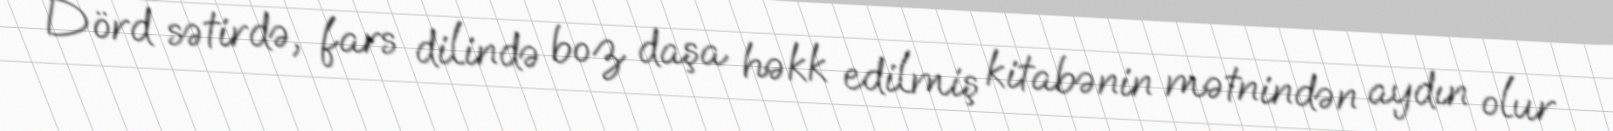
Dörd sətirdə, fars dilində boz daşa həkk edilmiş kitabənin mətnindən aydın olur